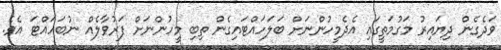
ވަދެގެން ދިޔައިރު މަގުމަތީގައި އެދެމީހުންނަށް ބަލަހައްޓައިގެން ތިބި މީހުންނަށް ފަރުވާލެއް ނުބަހައްޓަ އެވެ.